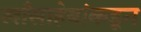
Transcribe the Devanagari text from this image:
खाँसाहेबांकडून